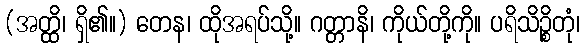
(အတ္ထိ၊ ရှိ၏။) တေန၊ ထိုအရပ်သို့။ ဂတ္တာနိ၊ ကိုယ်တို့ကို။ ပရိသိဉ္စိတုံ၊